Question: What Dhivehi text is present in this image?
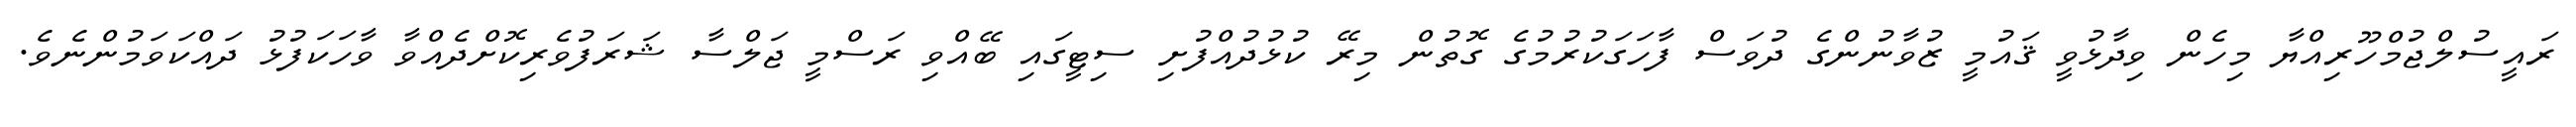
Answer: ރައީސުލްޖުމްހޫރިއްޔާ މިހެން ވިދާޅުވީ ޤައުމީ ޒުވާނުންގެ ދުވަސް ފާހަގަކުރުމުގެ ގޮތުން މިރޭ ކުޅުދުއްފުށި ސިޓީގައި ބޭއްވި ރަސްމީ ޖަލްސާ ޝަރަފުވެރިކޮށްދެއްވާ ވާހަކަފުޅު ދައްކަވަމުންނެވެ.